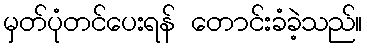
မှတ်ပုံတင်ပေးရန် တောင်းခံခဲ့သည်။